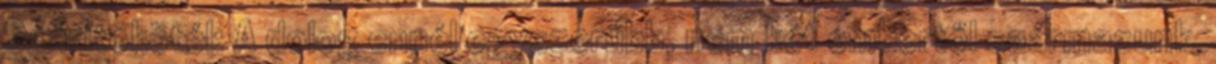
Szárítókötél: A dolog ennél egyszerűbb, nem két embertől származunk,